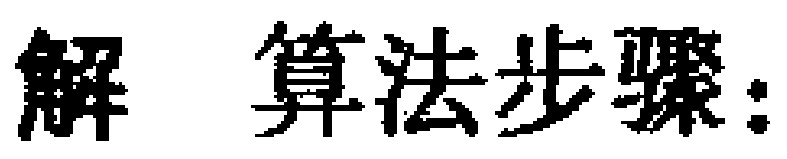
解 算法步骤：